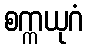
စက္ကယုဂံ